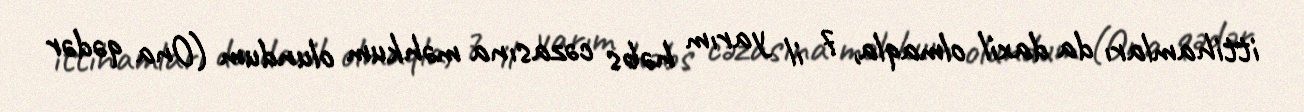
ittihamları da daxil olmaqla, 7 il yarım həbs cəzasına məhkum olundum (Ona qədər